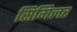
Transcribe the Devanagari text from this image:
सिमिलर